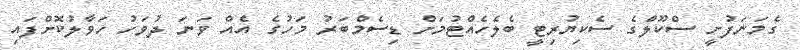
ގެމަނަފުށީ ސްކޫލްގެ ސެކިޔުރިޓީ ބެލެހެއްޓުމަށް ޑިސެމްބަރު މަހުގެ އެއް ވަނަ ދުވަހު ހަވާލުކޮށްފައި